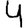
Digit: 4